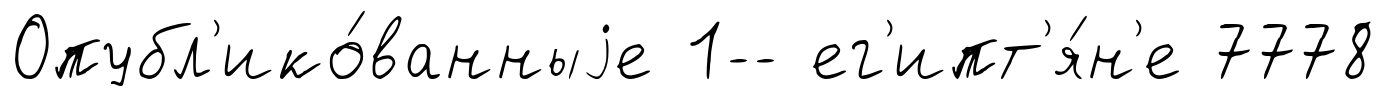
Опубл'ико́ванныjе 1-- ег'ипт'я́н'е 7778